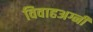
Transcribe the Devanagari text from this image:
विवाहअग्नी